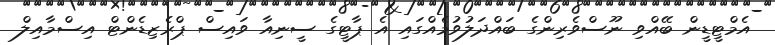
އެމްޓީޑީން ބޭއްވި ނޫސްވެރިންގެ ބައްދަލުވުމެއްގައި އެ ޕާޓީގެ ސީނިއާ ވައިސް ޕްރެޒިޑެންޓް އިސްމާއިލް